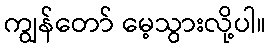
ကျွန်တော် မေ့သွားလို့ပါ။